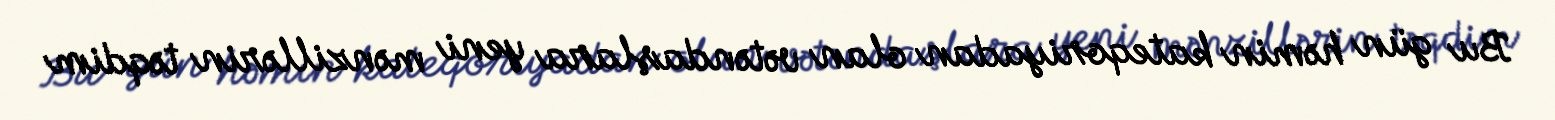
Bu gün həmin kateqoriyadan olan vətəndaşlara yeni mənzillərin təqdim